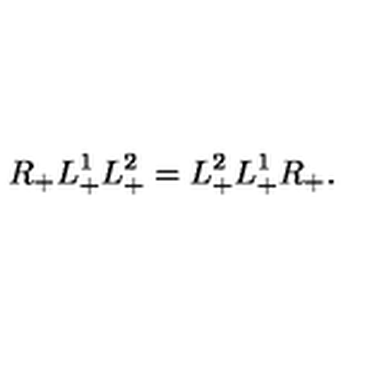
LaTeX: R _ { + } L _ { + } ^ { 1 } L _ { + } ^ { 2 } = L _ { + } ^ { 2 } L _ { + } ^ { 1 } R _ { + } .